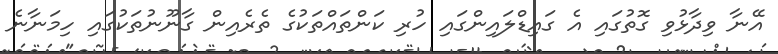
އޭނާ ވިދާޅުވި ގޮތުގައި އެ ގައިޑްލައިންގައި ހުރި ކަންތައްތަކުގެ ތެރެއިން ގާނޫނުތަކުގައި ހިމަނާނެ